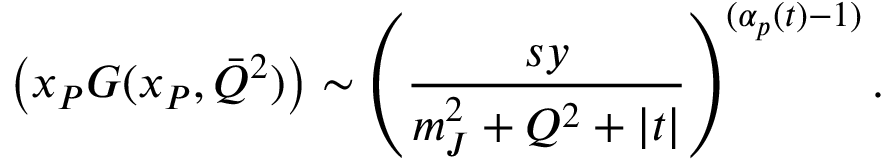
\left( x _ { P } G ( x _ { P } , \bar { Q } ^ { 2 } ) \right) \sim \left( \frac { s y } { m _ { J } ^ { 2 } + Q ^ { 2 } + | t | } \right) ^ { ( \alpha _ { p } ( t ) - 1 ) } .